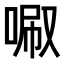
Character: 𠴪